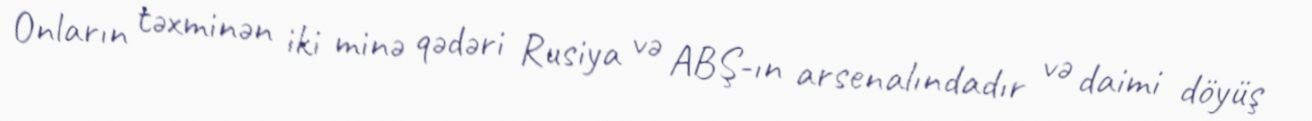
Onların təxminən iki minə qədəri Rusiya və ABŞ-ın arsenalındadır və daimi döyüş